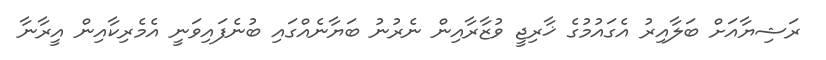
ރަޝިޔާއަށް ބަލާއިރު އެގައުމުގެ ޚާރިޖީ ވުޒާރާއިން ނެރުނު ބަޔާނެއްގައި ބުނެފައިވަނީ އެމެރިކާއިން އީރާނާ